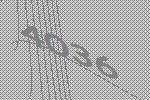
4036